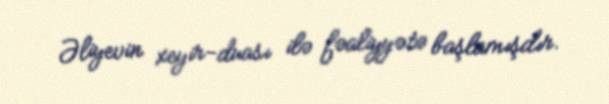
Əliyevin xeyir-duası ilə fəaliyyətə başlamışdır.